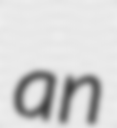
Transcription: an